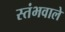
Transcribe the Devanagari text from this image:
स्तंभवाले